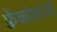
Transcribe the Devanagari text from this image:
फ़्रेंकोफ़ोनी